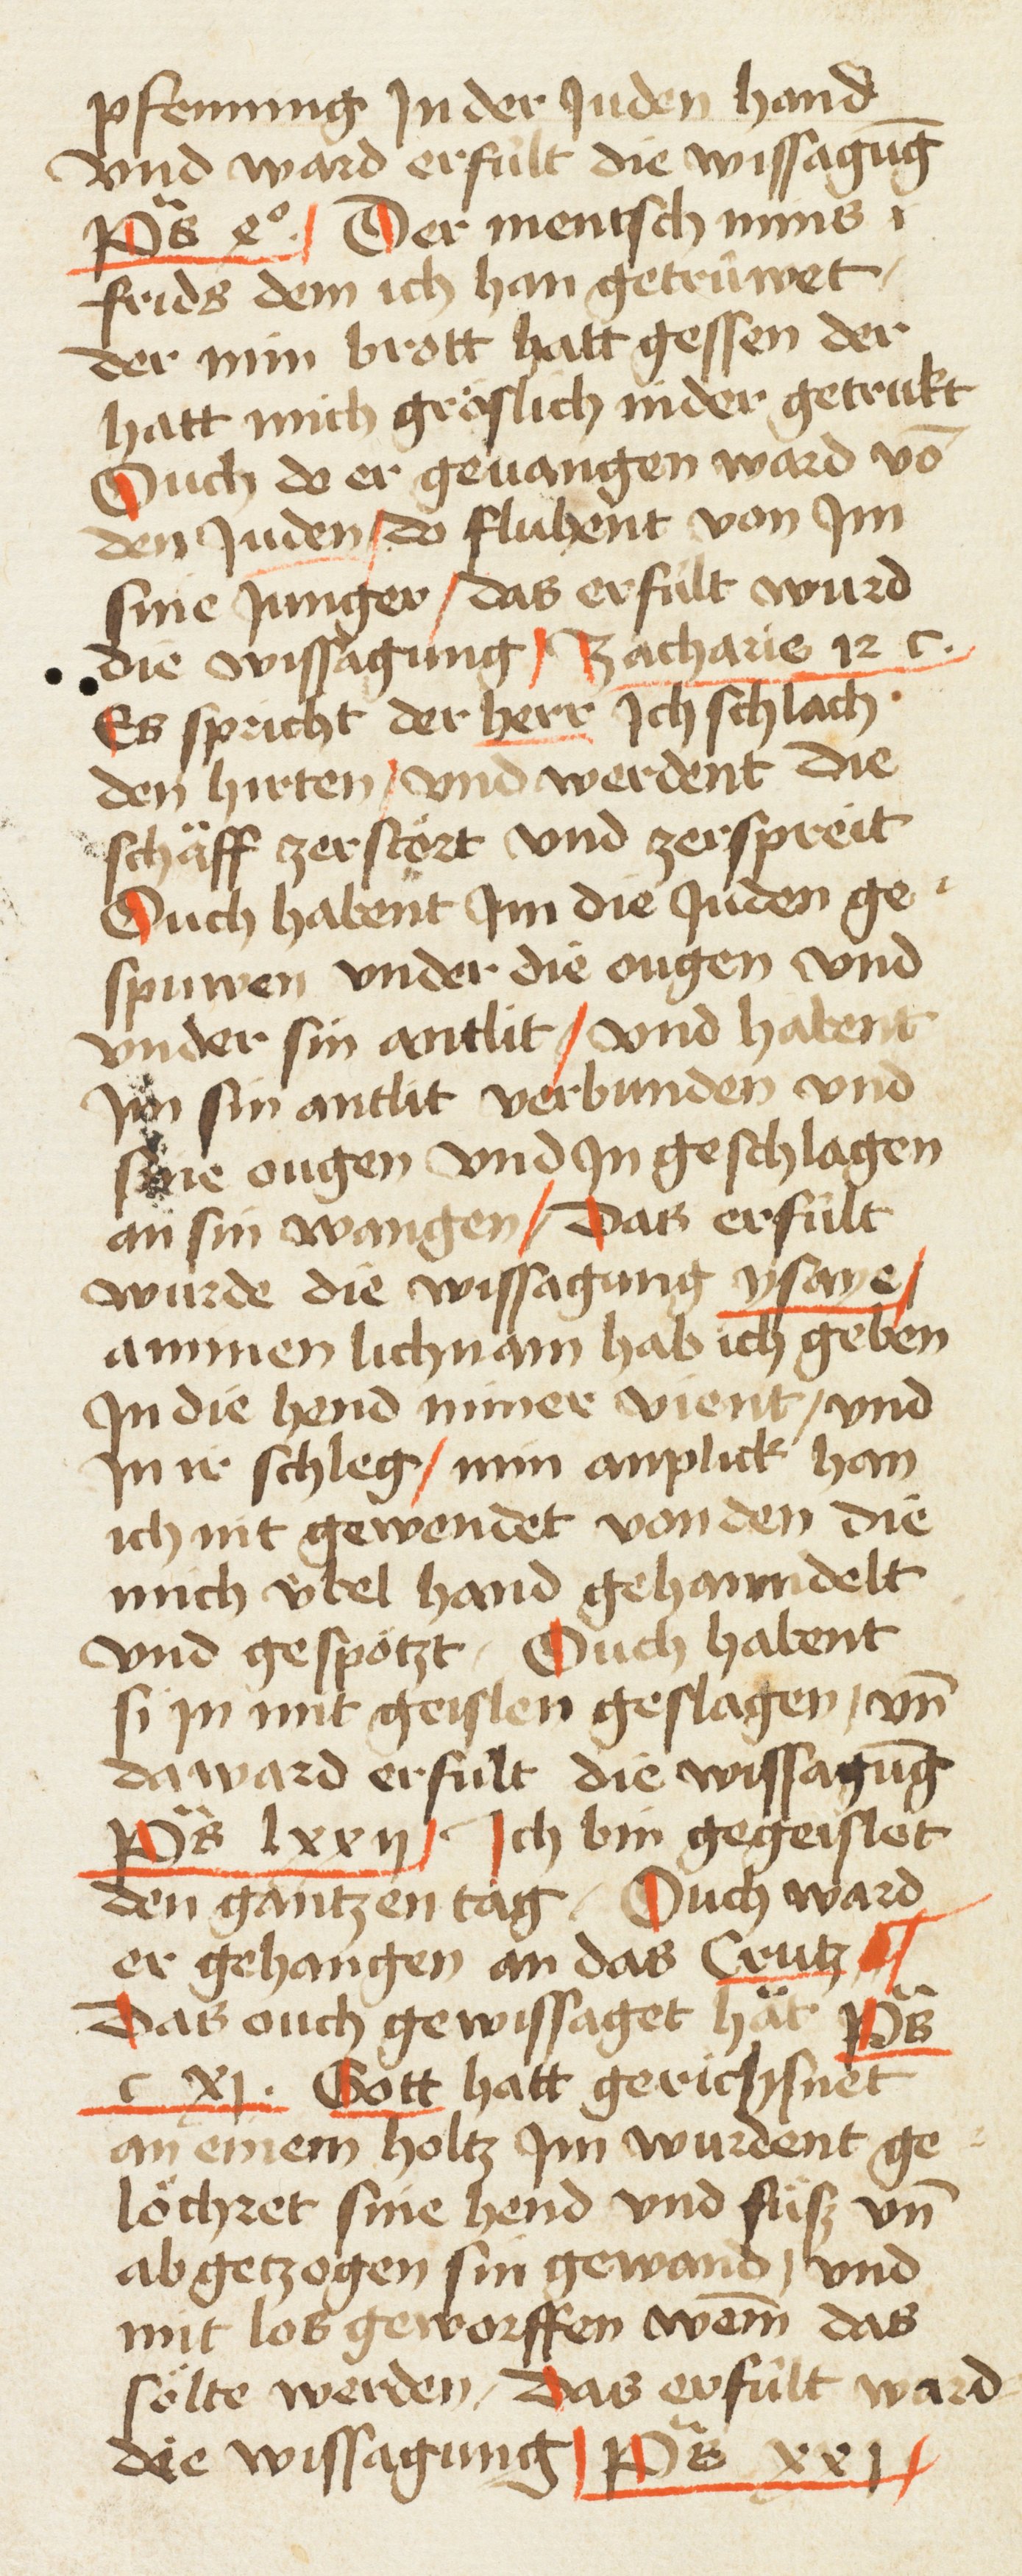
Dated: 1461–1461